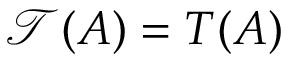
{ \mathcal { T } } ( A ) = T ( A )